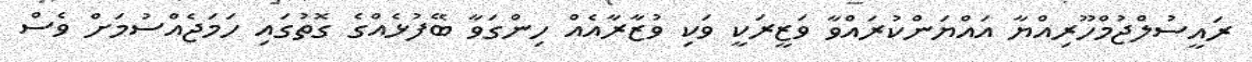
ރައީސުލްޖުމްހޫރިއްޔާ އައްޔަންކުރައްވާ ވަޒީރަކީ ވަކި ވުޒާރާއެއް ހިންގަވާ ބޭފުޅެއްގެ ގޮތުގައި ހަމަޖެއްސުމަށް ވެސް